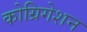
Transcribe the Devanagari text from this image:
कोग्रिगेशन